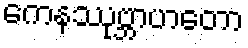
ကေနဿုဗ္ဘာဟတော